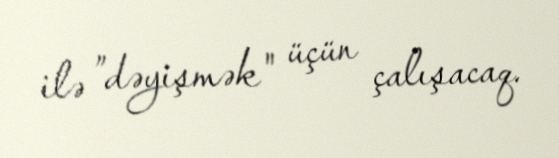
ilə ”dəyişmək" üçün çalışacaq.